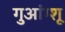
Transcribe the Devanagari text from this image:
गुआंग्शू